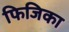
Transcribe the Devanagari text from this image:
फिजिका